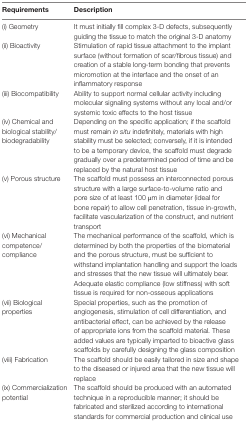
| Requirements | Description |
 | --- | --- |
 | (i) Geometry | It must initially fill complex 3-D defects, subsequently guiding the tissue to match the original 3-D anatomy |
 | (ii) Bioactivity | Stimulation of rapid tissue attachment to the implant surface (without formation of scar/fibrous tissue) and creation of a stable long-term bonding that prevents micromotion at the interface and the onset of an inflammatory response |
 | (iii) Biocompatibility | Ability to support normal cellular activity including molecular signaling systems without any local and/or systemic toxic effects to the host tissue |
 | (iv) Chemical and biological stability/biodegradability | Depending on the specific application; if the scaffold must remain in situ indefinitely, materials with high stability must be selected; conversely, if it is intended to be a temporary device, the scaffold must degrade gradually over a predetermined period of time and be replaced by the natural host tissue |
 | (v) Porous structure | The scaffold must possess an interconnected porous structure with a large surface-to-volume ratio and pore size of at least 100 μm in diameter (ideal for bone repair) to allow cell penetration, tissue in-growth, facilitate vascularization of the construct, and nutrient transport |
 | (vi) Mechanical competence/compliance | The mechanical performance of the scaffold, which is determined by both the properties of the biomaterial and the porous structure, must be sufficient to withstand implantation handling and support the loads and stresses that the new tissue will ultimately bear. Adequate elastic compliance (low stiffness) with soft tissue is required for non-osseous applications |
 | (vii) Biological properties | Special properties, such as the promotion of angiogenesis, stimulation of cell differentiation, and antibacterial effect, can be achieved by the release of appropriate ions from the scaffold material. These added values are typically imparted to bioactive glass scaffolds by carefully designing the glass composition |
 | (viii) Fabrication | The scaffold should be easily tailored in size and shape to the diseased or injured area that the new tissue will replace |
 | (ix) Commercialization potential | The scaffold should be produced with an automated technique in a reproducible manner; it should be fabricated and sterilized according to international standards for commercial production and clinical use |